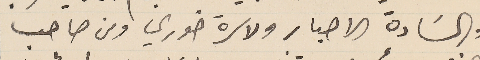
والسَادة الاحبار ولاسرة خوري ومن صاحب